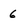
Character: 6